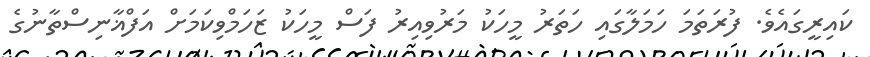
ކައިރީގައެވެ. ފުރަތަމަ ހަމަލާގައި ހަތަރު މީހަކު މަރުވިއިރު ފަސް މީހަކު ޒަހަމްވިކަމަށް އަފްޣާނިސްތާނުގެ